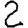
Digit: 2